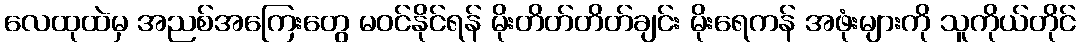
လေထုထဲမှ အညစ်အကြေးတွေ မဝင်နိုင်ရန် မိုးတိတ်တိတ်ချင်း မိုးရေကန် အဖုံးများကို သူကိုယ်တိုင်